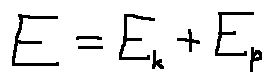
E = E _ { k } + E _ { p }